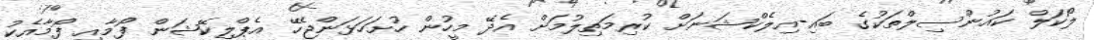
ލޯކަލް ކައުންސިލްތަކުގެ ބައި-އިލެކްޝަނަށް ކުރިމަތިލުމަށް އެދޭ މީހުން ހުށަހަޅަންޖެހޭ އެޕްލިކޭޝަން ފޯމާއި ފޯމާއެކު